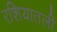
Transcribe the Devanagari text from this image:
रशियातली